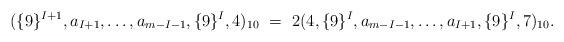
LaTeX: \begin{align*} (\{9\}^{I+1},a_{I+1},\ldots,a_{m-I-1},\{9\}^{I},4)_{10} \ =\ 2(4,\{9\}^{I},a_{m-I-1},\ldots,a_{I+1},\{9\}^{I},7)_{10}.\end{align*}